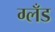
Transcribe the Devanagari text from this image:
ग्लँड